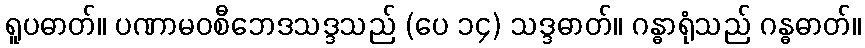
ရူပဓာတ်။ ပဏာမဝစီဘေဒသဒ္ဒသည် (ပေ ၁၄) သဒ္ဒဓာတ်။ ဂန္ဓာရုံသည် ဂန္ဓဓာတ်။